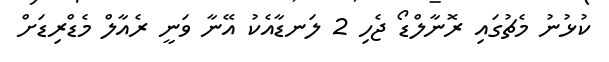
ކުޅުނު މެޗުގައި ރޮނާލްޑޯ ޖެހި 2 ލަނޑާއެކު އޭނާ ވަނީ ރެއާލް މެޑްރިޑަށް